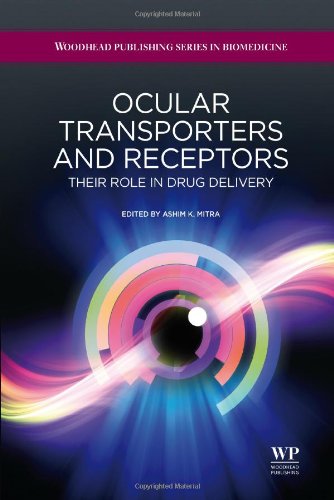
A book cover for Ocular Transporters and Receptors: Their Role in Drug Delivery (Woodhead Publishing Series in Biomedicine); Ashim K Mitra; Business & Money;